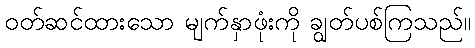
ဝတ်ဆင်ထားသော မျက်နှာဖုံးကို ချွတ်ပစ်ကြသည်။